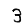
Digit: 3